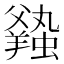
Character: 𧒦